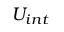
U _ { i n t }